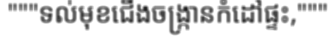
"""ទល់មុខជើងចង្ក្រានកំដៅផ្ទះ,"""